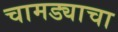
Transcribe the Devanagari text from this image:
चामड्याचा